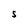
Character: S